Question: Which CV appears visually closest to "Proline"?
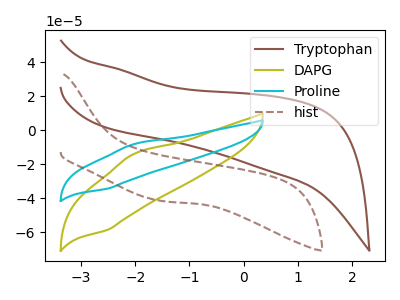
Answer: <think>The brown curve "Tryptophan" has no peaks. The olive curve "DAPG" has an anodic peak at (-2.05V, -14.20uA) and a cathodic peak at (-2.50V, -58.65uA). The cyan curve "Proline" has an anodic peak at (-2.05V, -8.30uA) and a cathodic peak at (-2.50V, -34.40uA). The brown dashed curve "hist" has no peaks.
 "Tryptophan" and "DAPG" have a different number of peaks. "Tryptophan" and "Proline" have a different number of peaks. Neither "Tryptophan" or "hist" have any peaks. All the peaks in "DAPG" have a peak in "Proline" at the same potential. "DAPG" and "hist" have a different number of peaks. "Proline" and "hist" have a different number of peaks.</think>
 <answer>The CV with the most similar shape to "DAPG" is "Proline".</answer>
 <eval>"Proline"</eval>